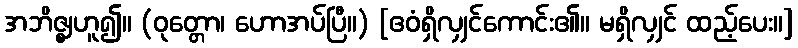
အဘိဇ္ဈဟူ၍။ (ဝုတ္တော၊ ဟောအပ်ပြီ။) [ဧဝံရှိလျှင်ကောင်း၏။ မရှိလျှင် ထည့်ပေး။]